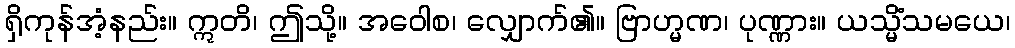
ရှိကုန်အံ့နည်း။ ဣတိ၊ ဤသို့။ အဝေါစ၊ လျှောက်၏။ ဗြာဟ္မဏ၊ ပုဏ္ဏား။ ယသ္မိံသမယေ၊